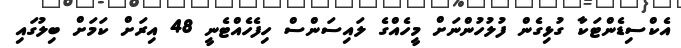
އެކްސިޑެންޓަކާ ގުޅިގެން ފުލުހުންނަށް މީހެއްގެ ލައިސަންސް ހިފެހެއްޓެނީ 48 އިރަށް ކަމަށް ބިލުގައި